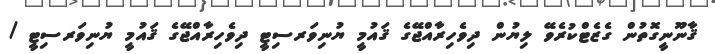
ޤާނޫނީގޮތުން ގެޒެޓްކުރެވޭ ލިޔުން ދިވެހިރާއްޖޭގެ ޤައުމީ ޔުނިވަރސިޓީ ދިވެހިރާއްޖޭގެ ޤައުމީ ޔުނިވަރސިޓީ /